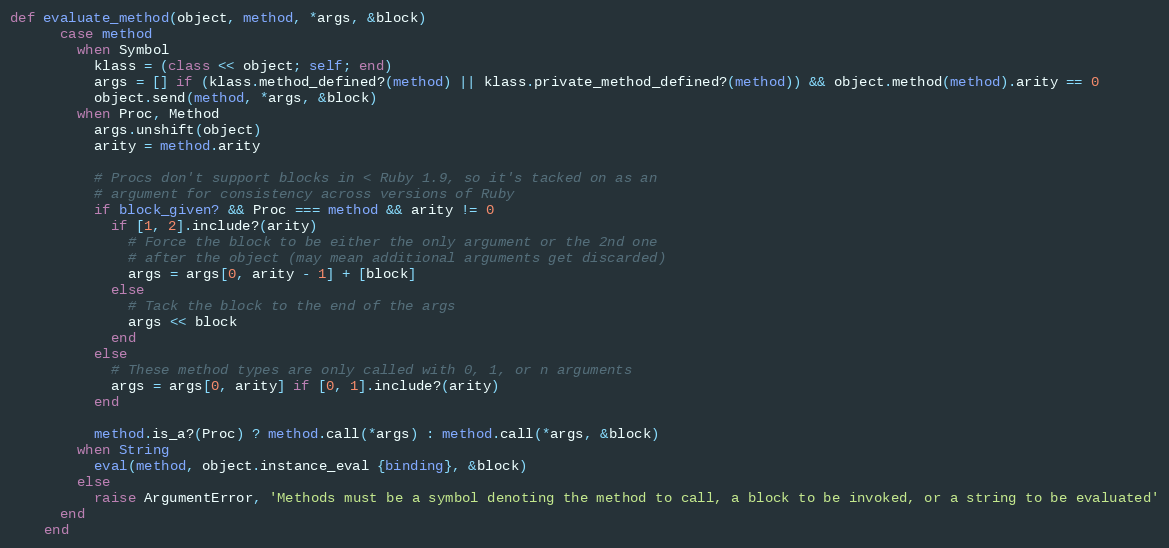
Language: Ruby
def evaluate_method(object, method, *args, &block)
      case method
        when Symbol
          klass = (class << object; self; end)
          args = [] if (klass.method_defined?(method) || klass.private_method_defined?(method)) && object.method(method).arity == 0
          object.send(method, *args, &block)
        when Proc, Method
          args.unshift(object)
          arity = method.arity

          # Procs don't support blocks in < Ruby 1.9, so it's tacked on as an
          # argument for consistency across versions of Ruby
          if block_given? && Proc === method && arity != 0
            if [1, 2].include?(arity)
              # Force the block to be either the only argument or the 2nd one
              # after the object (may mean additional arguments get discarded)
              args = args[0, arity - 1] + [block]
            else
              # Tack the block to the end of the args
              args << block
            end
          else
            # These method types are only called with 0, 1, or n arguments
            args = args[0, arity] if [0, 1].include?(arity)
          end

          method.is_a?(Proc) ? method.call(*args) : method.call(*args, &block)
        when String
          eval(method, object.instance_eval {binding}, &block)
        else
          raise ArgumentError, 'Methods must be a symbol denoting the method to call, a block to be invoked, or a string to be evaluated'
      end
    end